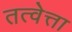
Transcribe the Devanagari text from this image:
तत्वेत्ता